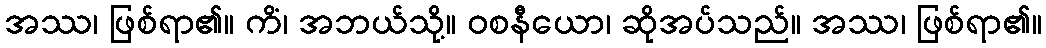
အဿ၊ ဖြစ်ရာ၏။ ကိံ၊ အဘယ်သို့။ ဝစနီယော၊ ဆိုအပ်သည်။ အဿ၊ ဖြစ်ရာ၏။